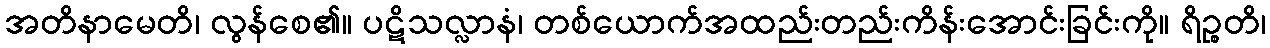
အတိနာမေတိ၊ လွန်စေ၏။ ပဋိသလ္လာနံ၊ တစ်ယောက်အထည်းတည်းကိန်းအောင်းခြင်းကို။ ရိဉ္စတိ၊